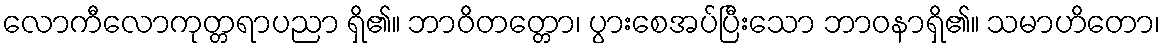
လောကီလောကုတ္တရာပညာ ရှိ၏။ ဘာဝိတတ္တော၊ ပွားစေအပ်ပြီးသော ဘာဝနာရှိ၏။ သမာဟိတော၊